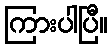
ကြားပါပြီ။